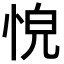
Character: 𢚋